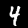
Digit: 4